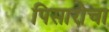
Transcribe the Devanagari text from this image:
पिसारोचा